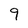
Character: 9